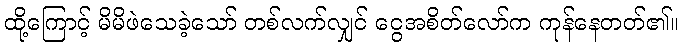
ထို့ကြောင့် မိမိဖဲသေခဲ့သော် တစ်လက်လျှင် ငွေအစိတ်လော်က ကုန်နေတတ်၏။